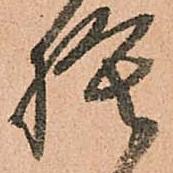
捨